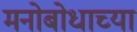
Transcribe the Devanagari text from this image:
मनोबोधाच्या